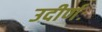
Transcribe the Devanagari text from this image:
उदीर्णः